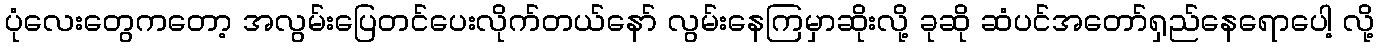
ပုံလေးတွေကတော့ အလွမ်းပြေတင်ပေးလိုက်တယ်နော် လွမ်းနေကြမှာဆိုးလို့ ခုဆို ဆံပင်အတော်ရှည်နေရောပေါ့ လို့